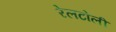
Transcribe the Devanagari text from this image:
रेलटोली